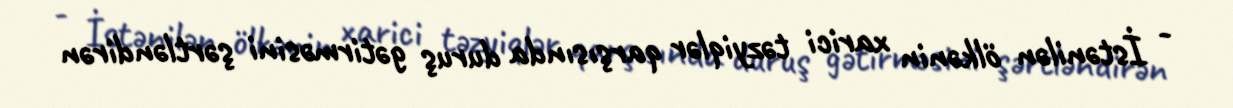
- İstənilən ölkənin xarici təzyiqlər qarşısında duruş gətirməsini şərtləndirən